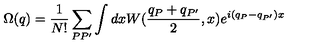
\Omega ( q ) = \frac 1 { N ! } \sum _ { P P ^ { \prime } } \int d x W ( \frac { q _ { P } + q _ { P ^ { \prime } } } 2 , x ) e ^ { i ( q _ { P } - q _ { P ^ { \prime } } ) x }